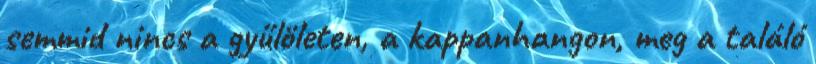
semmid nincs a gyűlöleten, a kappanhangon, meg a találó